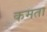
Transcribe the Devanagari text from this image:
कमता